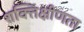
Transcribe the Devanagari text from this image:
शक्तिक्षीणता